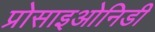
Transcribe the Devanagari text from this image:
प्रोसाइओनिडी